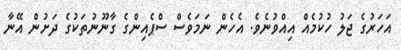
އަހަރުގެ ޖަލު ހުކުމެއް އިއްވުނެވެ. އެހެން ނަމަވެސް ސްޕެއިންގެ ގާނޫނުތަކުގެ ދަށުން އޭނާ